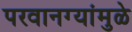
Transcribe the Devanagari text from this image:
परवानग्यांमुळे